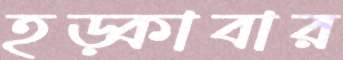
হড়্‌কাবার